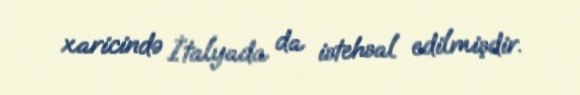
xaricində İtalyada da istehsal edilmişdir.